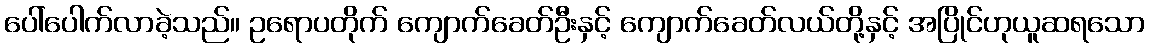
ပေါ်ပေါက်လာခဲ့သည်။ ဥရောပတိုက် ကျောက်ခေတ်ဦးနှင့် ကျောက်ခေတ်လယ်တို့နှင့် အပြိုင်ဟုယူဆရသော